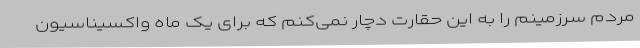
مردم سرزمینم را به این حقارت دچار نمی‌کنم که برای یک ماه واکسیناسیون